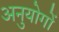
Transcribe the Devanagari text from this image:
अनुयोगों